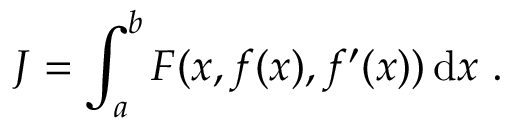
J = \int _ { a } ^ { b } F ( x , f ( x ) , f ^ { \prime } ( x ) ) \, \mathrm { d } x \ .